Investigations on Bengal jail dietaries - Number 37
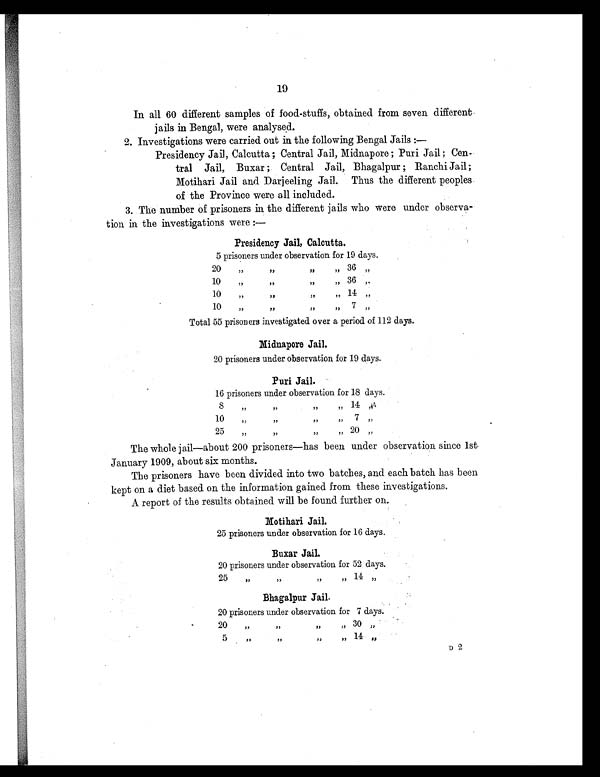
19
In all 60 different samples of food-stuffs, obtained from seven different
jails in Bengal, were analysed.
2. Investigations were carried out in the following Bengal Jails :—
Presidency Jail, Calcutta; Central Jail, Midnapore; Puri Jail; Cen
tral Jail, Buxar ; Central Jail, Bhagalpur; RanchiJail;
Motihari Jail and Darjeeling Jail. Thus the different peoples.
of the Province were all included.
3. The number of prisoners in the different jails who were under observa
tion in the investigations were :—
Presidency Jail, Calcutta.
5 prisoners under observation for 19 days.
20
"
"
"
"
"
10
"
"
"
"
3 6 "
"
10
"
"
" 14
"
10
"
"
"
"
7
"
Total 55 prisoners investigated over a period of 112 days.
Midnapore Jail.
20 prisoners under observation for 19 days.
Puri Jail.
16 prisoners under observation for 18 days.
8
"
"
" 14
10
"
"
"
" 7
2 5
"
" 20
The whole jail—about 200 prisoners—has been under observation since 1st
January 1909, about six months.
The prisoners have been divided into two batches, and each batch has been
kept on a diet based on the information gained from these investigations.
A report of the results obtained will be found further on.
Motihari Jail.
25 prisoners under observation for 16 days.
Buxar Jail.
20 prisoners under observation for 52 days.
"
"
"
"
1 4 "
"
Bhagalpur Jail.
20 prisoners under observation for 7 days.
20
"
"
" 30
"
"
" 14
"
D 2